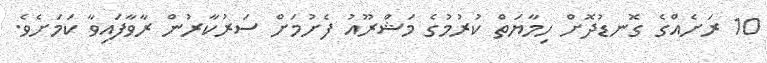
10 ރަށެއްގެ ގޮނޑުދޮށް ހިމާޔަތް ކުރުމުގެ މަޝްރޫއު ފެށުމަށް ސަރުކާރުން ރާވާފައިވާ ކަމަށެވެ.